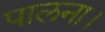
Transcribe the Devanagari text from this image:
पालना।